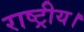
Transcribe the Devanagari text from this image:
राष्ट्रीय।